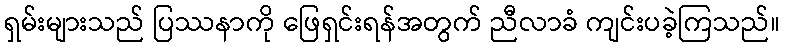
ရှမ်းများသည် ပြဿနာကို ဖြေရှင်းရန်အတွက် ညီလာခံ ကျင်းပခဲ့ကြသည်။